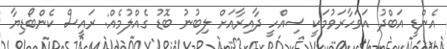
އެންޑީ އަބްދު އަވަހާރަވުމަކީ ސިއްހީ ދާއިރާއަށް ލިބުނު ބޮޑު ގެއްލުމެއް: ރައީސް ކެންބޯޑިޔާ